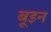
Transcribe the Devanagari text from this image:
बूइन